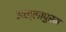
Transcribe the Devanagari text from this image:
अल्लापुरम